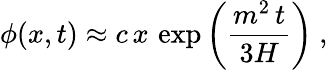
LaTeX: \phi(x,t)\approx c\, x\, \exp\left({\frac{m^{2}\, t}{3H}}\right)\ ,